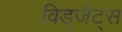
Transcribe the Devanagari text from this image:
विड्जैट्स